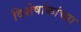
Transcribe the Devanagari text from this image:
विशेषांकांच्या